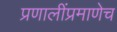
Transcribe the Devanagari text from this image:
प्रणालींप्रमाणेच